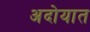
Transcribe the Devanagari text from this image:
अदोयात